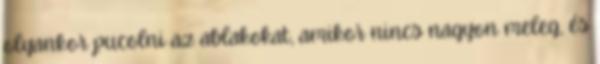
olyankor pucolni az ablakokat, amikor nincs nagyon meleg, és